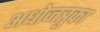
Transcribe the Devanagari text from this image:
अधोजत्रुका